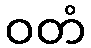
ဝတံ